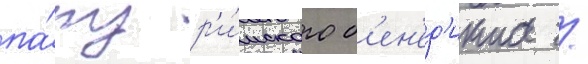
па́пу р'и́мского б'ен'ед'икта /